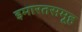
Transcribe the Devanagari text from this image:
इमारतसमूह